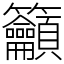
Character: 籲